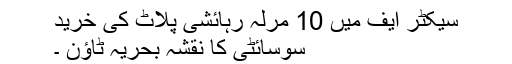
سیکٹر ایف میں 10 مرلہ رہائشی پلاٹ کی خرید
سوسائٹی کا نقشہ بحریہ ٹاؤن ۔